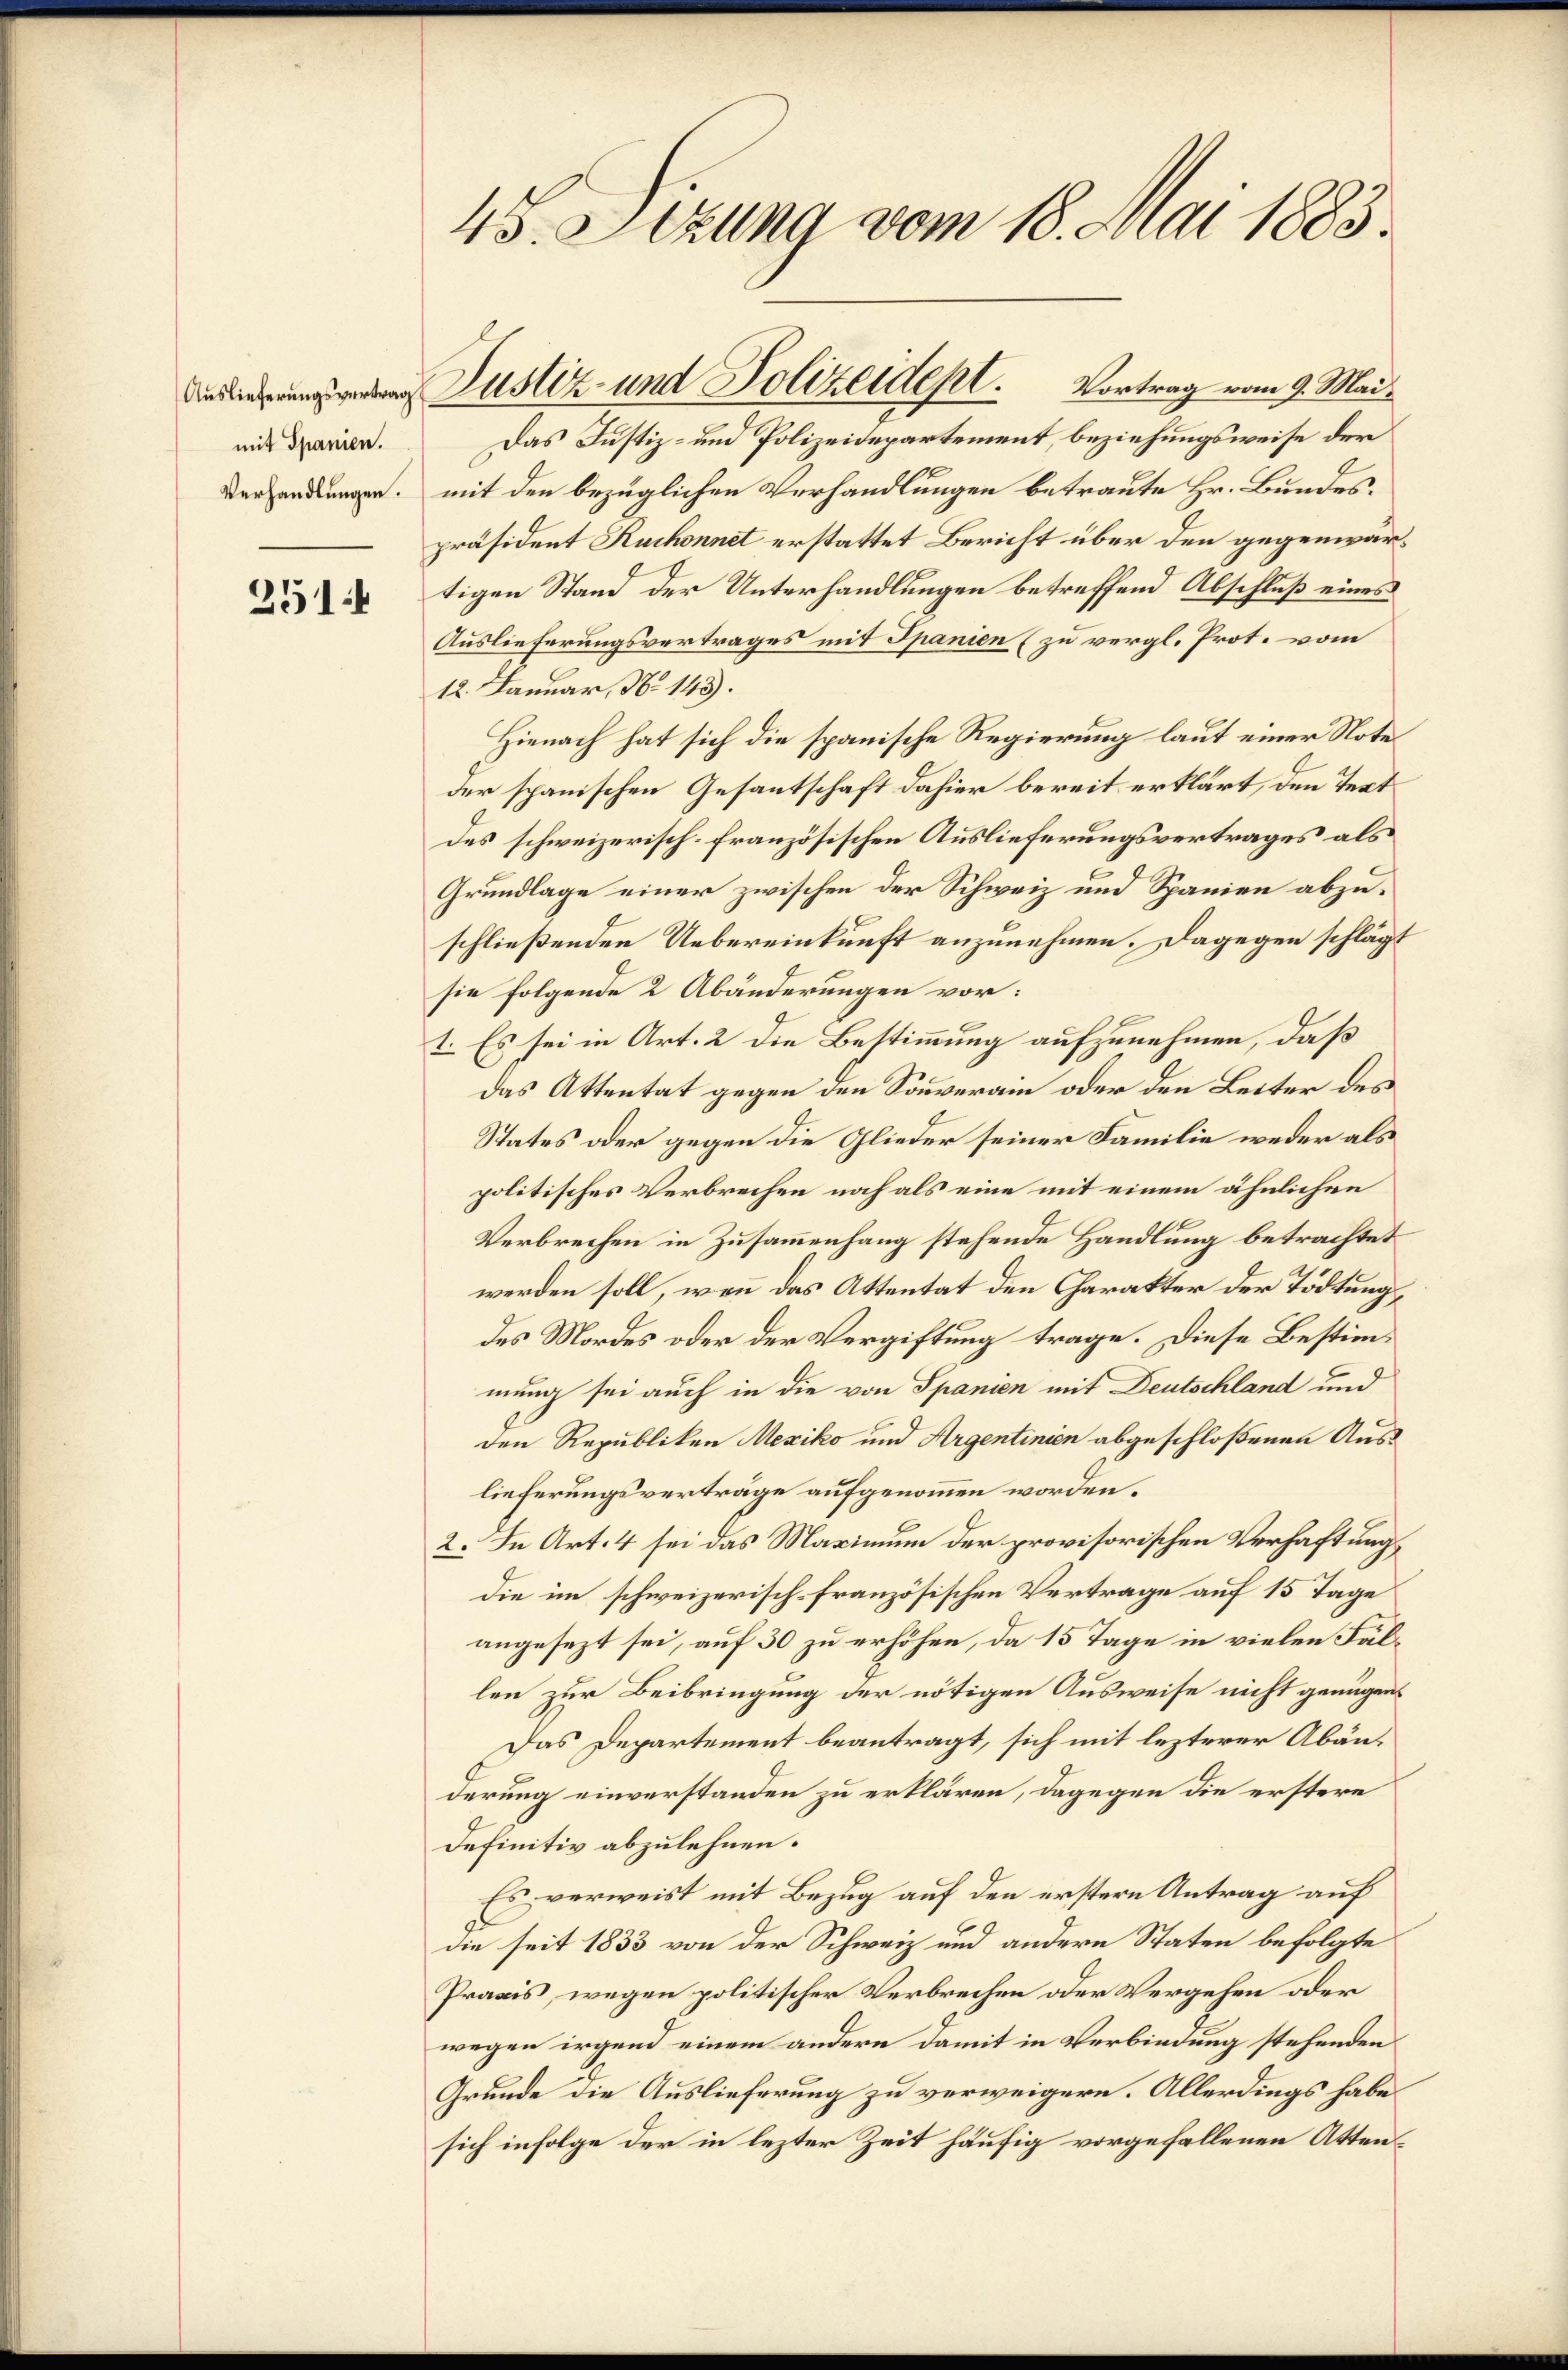
mit Spanien.

251

45. Sizung vom 18. Mai 1883.

dierungen Justiz und Polizeident. Vortrag vom 9. Mai,
Das Justiz- und Polizeidepartement, beziehungsweise der
 mit den bezüglichen Verhandlungen betraute Hr. Bundespräsident Ruchonnet erstattet Bericht über den gegenwärtigen Stand der Unterhandlungen betreffend Abschluß eines
Auslieferungsvertrages mit Spanien (zu vergl. Prot. vom
12. Januar, No 143).
Hienach hat sich die spanische Regierung laut einer Note
der spanischen Gesantschaft dahier bereit erklärt, den Text
des schweizerisch-französischen Auslieferungsvertrages als
Grundlage einer zwischen der Schweiz und Spanien abzuschließenden Uebereinkunft anzunehmen. Dagegen schlägt
sie folgende 2 Abänderungen vor:
I. Es sei in Art. 2 die Bestimmung aufzunehmen, daß
das Attentat gegen den Souverain oder den Leiter des
States oder gegen die Glieder seiner Familie weder als
politisches Verbrechen noch als eine mit einem ähnlichen
Verbrechen in Zusammenhang stehende Handlung betrachtet
werden soll, wenn das Attentat den Charakter der Tödtung,
des Mordes oder der Vergiftung trage. Diese Bestimmung sei auch in die von Spanien mit Deutschland und
den Republiken Mexiko und Argentinien abgeschloßenen Auslieferungsverträge aufgenommen worden.
2. In Art. 4 sei das Maximum der provisorischen Verhaftungsdie im schweizerisch-französischen Vertrage auf 15 Tage
angesezt sei, auf 30 zu erhöhen, da 15 Tage in vielen Fällen zur Beibringung der nötigen Ausweise nicht genügen¬
Das Departement beantragt, sich mit lezterer Abänderung einverstanden zu erklären, dagegen die erstere
Definitiv abzulehnen.
Es verweist mit Bezug auf den erstern Antrag auf
die seit 1833 von der Schweiz und andere Staten befolgte
Praxis, wegen politischer Verbrechen oder Vergehen oder
wegen irgend einem andern damit in Verbindung stehenden
Grunde die Auslieferung zu verweigern. Allerdings habe
sich infolge der in lezter Zeit häufig vorgefallenen Atten¬